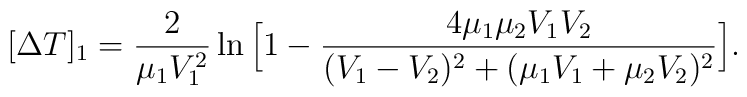
[\Delta T]_{1} = {2 \over  \mu_1 V_1^2 } \ln  \Big[ 1 - { 4\mu_1  \mu_2 V_1 V_2 \over (V_1 - V_2)^2 +  (\mu_1 V_1 + \mu_2 V_2)^2  }\Big] .